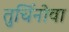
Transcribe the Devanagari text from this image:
तुर्चिनोवा